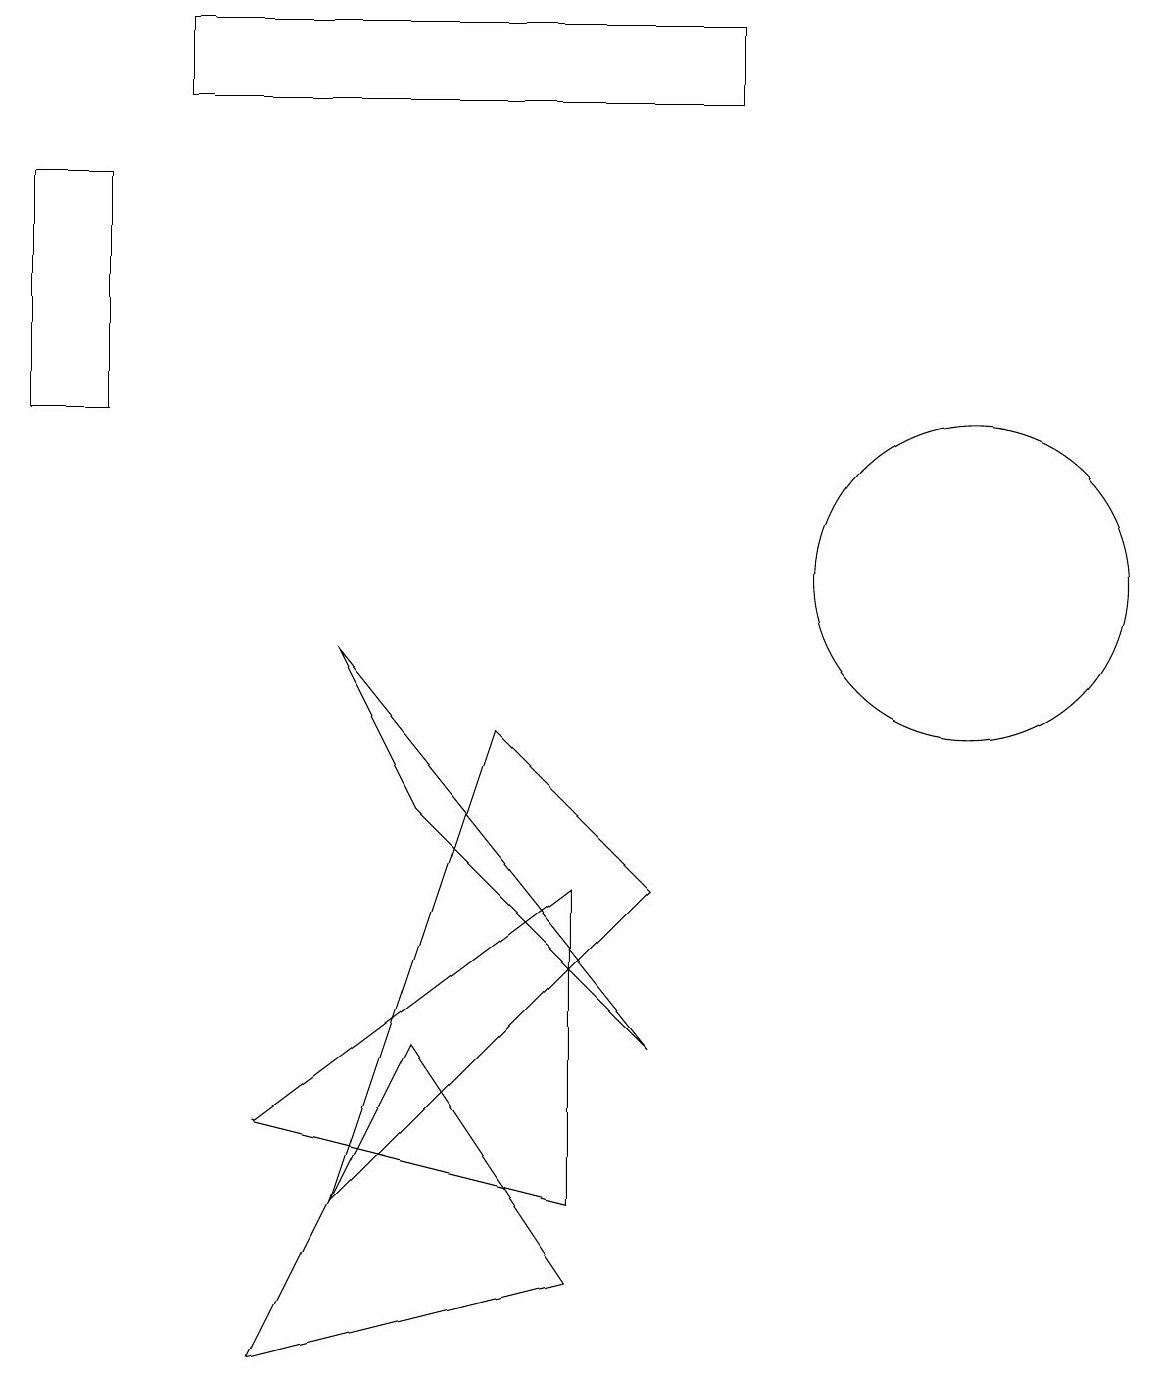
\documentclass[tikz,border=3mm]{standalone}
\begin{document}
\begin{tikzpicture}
\draw (7,1) -- (3,0) -- (5,4) -- cycle;
\draw (0,12) rectangle (1,15);
\draw (8,6) -- (6,8) -- (4,2) -- cycle;
\draw (2,17) rectangle (9,16);
\draw (8,4) -- (4,9) -- (5,7) -- cycle;
\draw (7,2) -- (7,6) -- (3,3) -- cycle;
\draw (12,10) circle (2);
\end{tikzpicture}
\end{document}